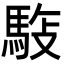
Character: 𩣓